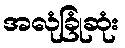
အလုံခြုံဆုံး